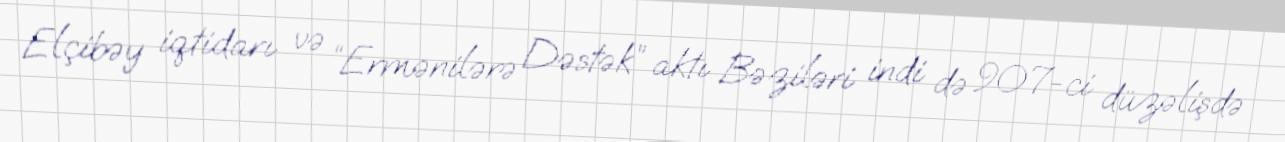
Elçibəy iqtidarı və “Ermənilərə Dəstək” aktı Bəziləri indi də 907-ci düzəlişdə